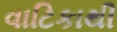
વાટિકાથી